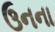
ઉનના